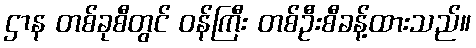
ဌာန တစ်ခုစီတွင် ဝန်ကြီး တစ်ဦးစီခန့်ထားသည်။